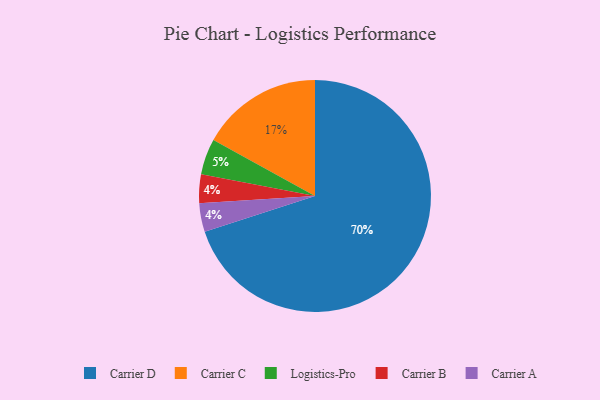
{"axis": {"x": "Category", "y": "Percentage"}, "legend": ["Carrier A", "Carrier B", "Carrier C", "Carrier D", "Logistics-Pro"], "data": [{"x": "Carrier D", "y": 70, "type": "Carrier D"}, {"x": "Carrier B", "y": 4, "type": "Carrier B"}, {"x": "Carrier C", "y": 17, "type": "Carrier C"}, {"x": "Carrier A", "y": 4, "type": "Carrier A"}, {"x": "Logistics-Pro", "y": 5, "type": "Logistics-Pro"}]}